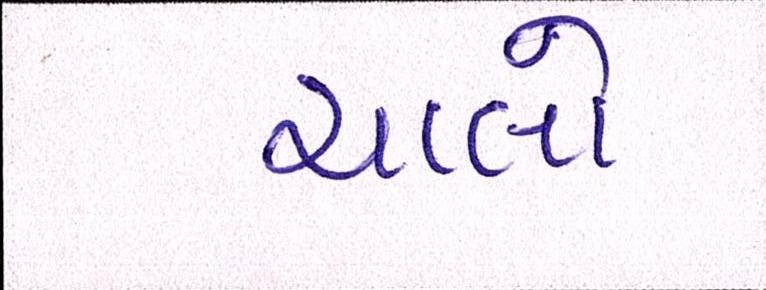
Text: ચાલો